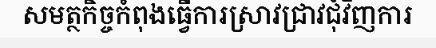
សមត្ថកិច្ចកំពុងធ្វើការស្រាវជ្រាវជុំវិញការ